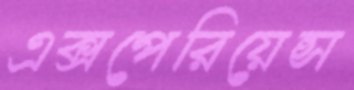
এক্সপেরিয়েন্স